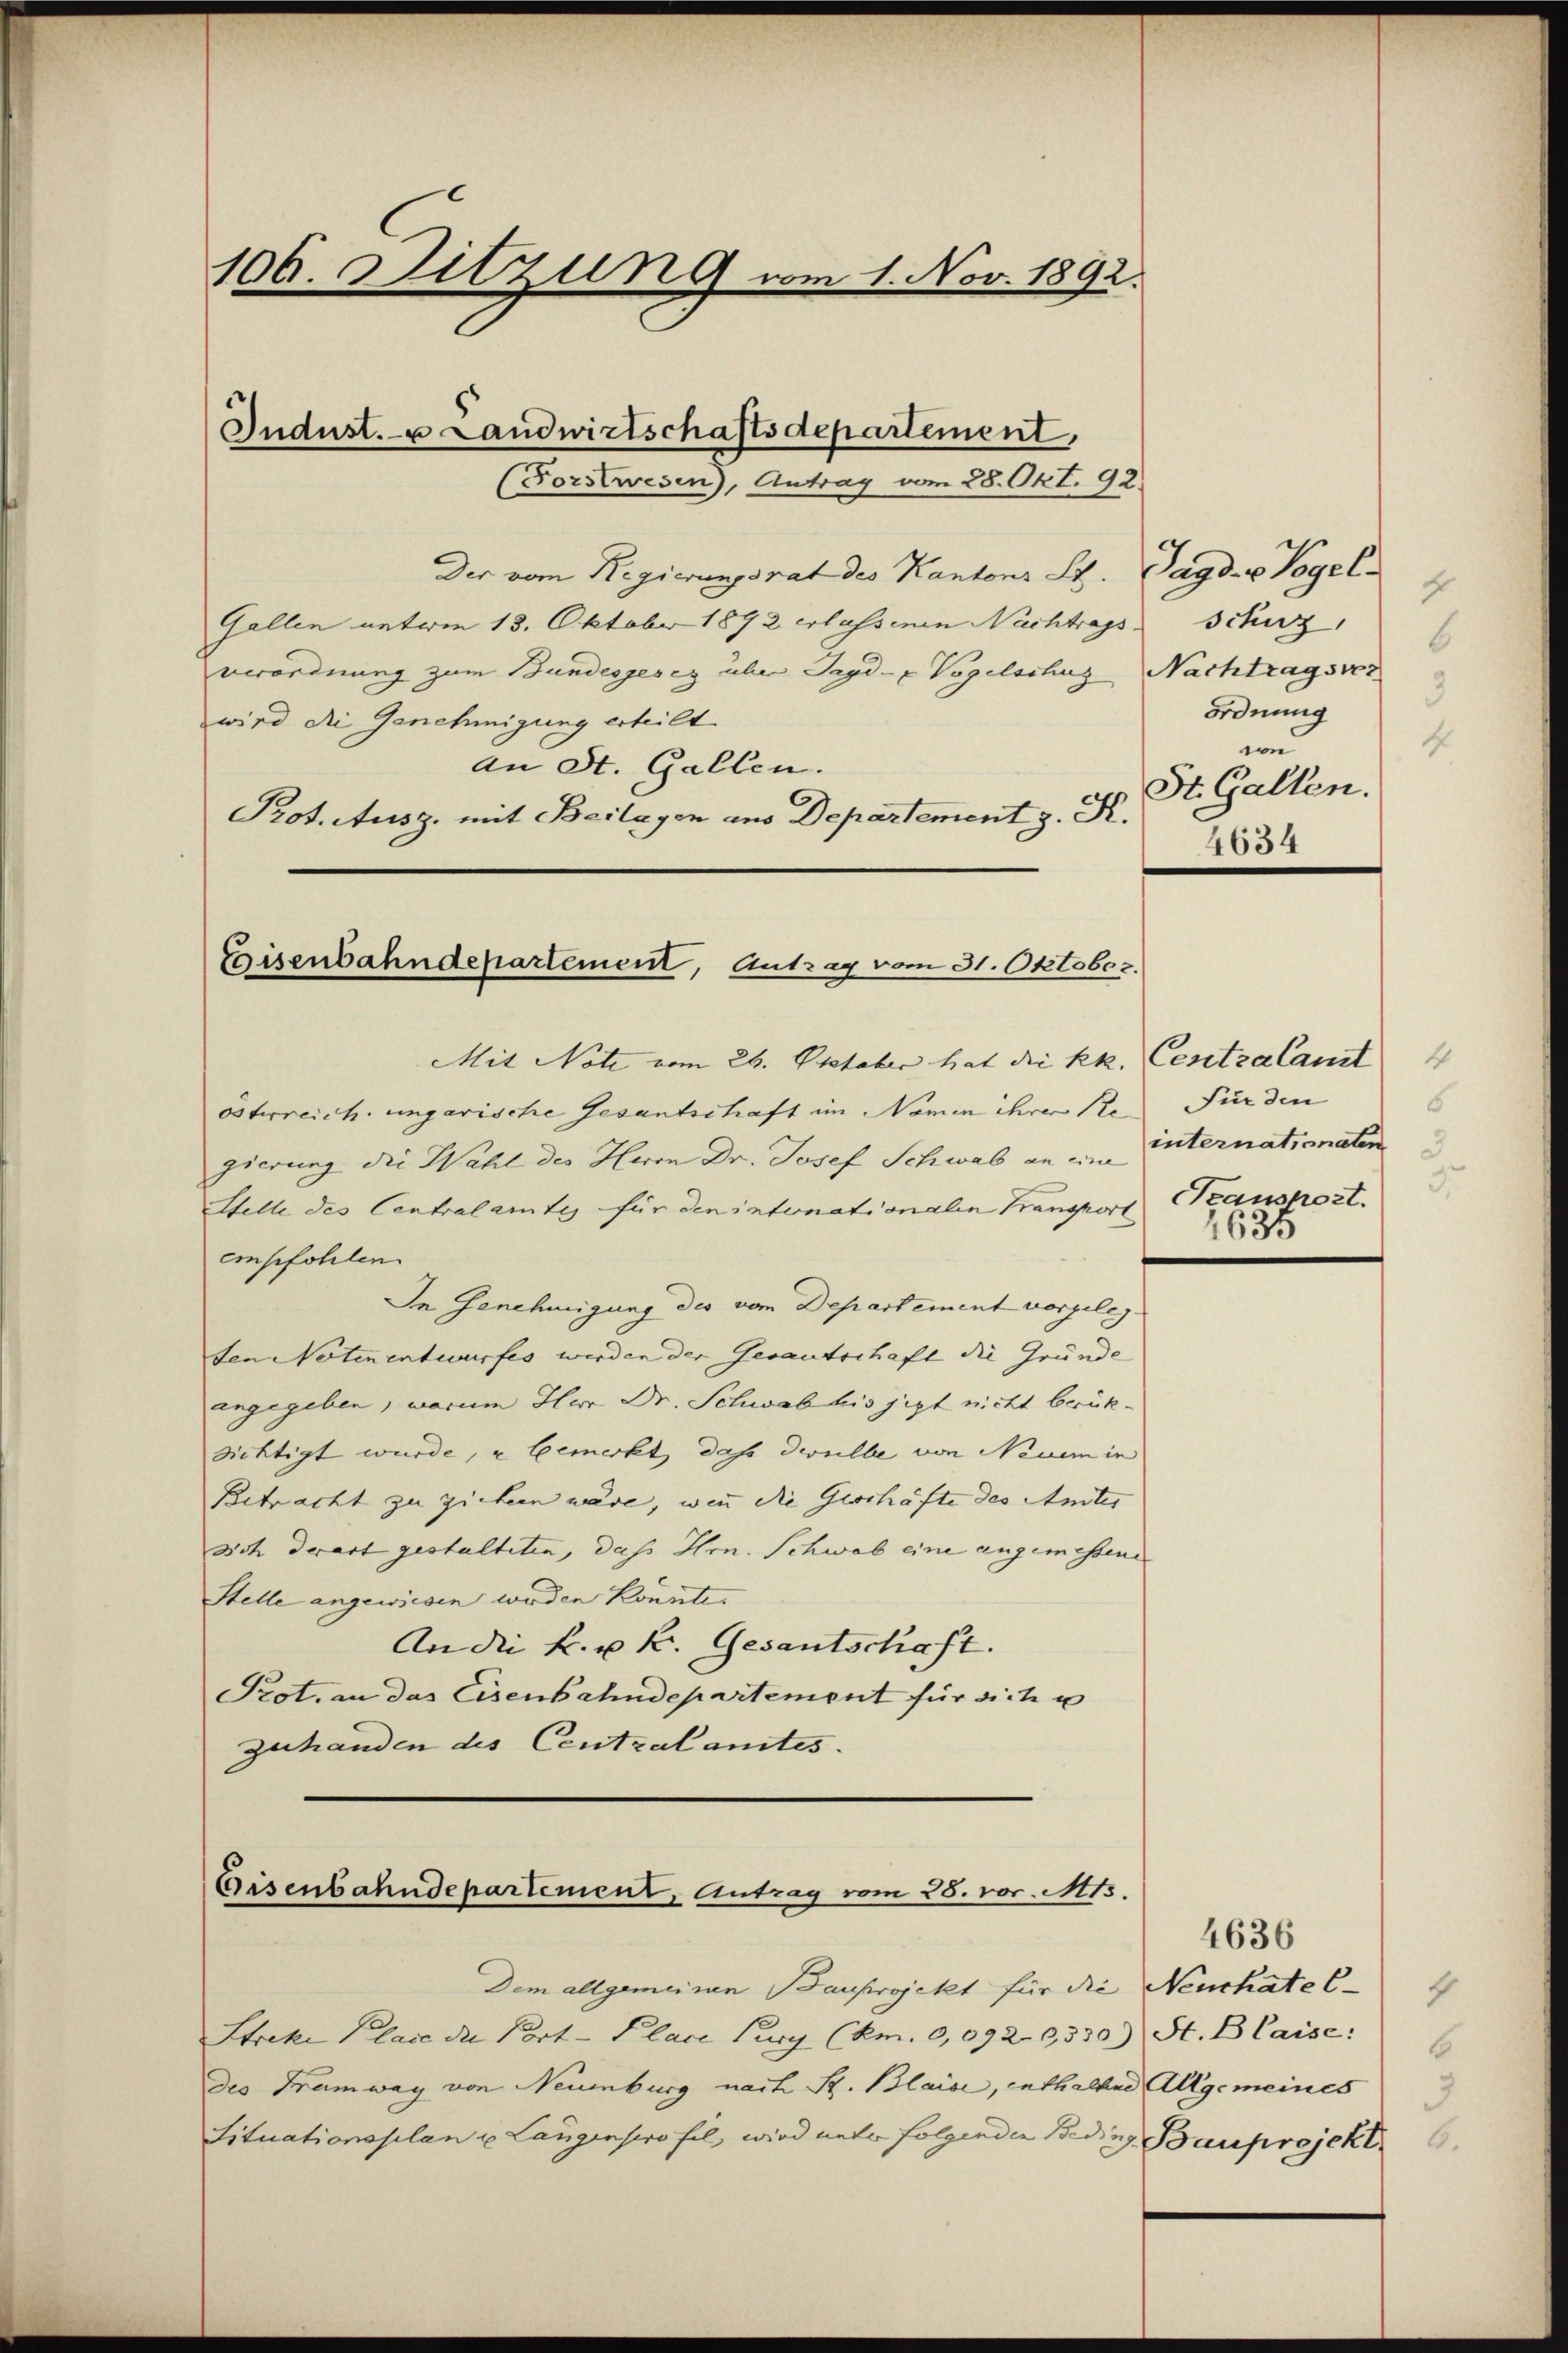
106. Sitzung vom 1. Nov. 1892.

Indust. u Landwirtschaftsdepartement,
(Forstwesen), Antrag vom 28. Okt. 92.

Der vom Regierungsrat des Kantons St. Jagd- u Vogel-
Gallen entwen 18. Oktober 1892 erlassenen Nachtrags
verordnung zum Bundesgesez über Jagd- u Vogelschus Nachtragsver
wird die Genehmigung erteilt.
an St. Gallen.
Prot. Ausz. mit Beilagen aus Departement z. K.

Eisenbahndepartement, Antrag vom 31. Oktober.

Eisenbahndepartement, Antrag vom 28. vor. Mts.

Dem allgemeinen Bauprojekt für die Neuchate C
Streke Place die Port- Place Burg (km. 0,092 9530) St. Blaise
des Tramway von Neuenburg nach St. Blaise, enthalten Allgemeines
Situationsplan u. Langenprofil, wird unter folgenden Beding Bauprojekt

Mit Note vom 26. Oktober hat die kk. Centralamt
österreich ungarische Gesantschaft im Namen ihrer Re
gierung die Wahl des Herrn Dr. Josef Schwab an eine
Stelle des Centralamtes für den intonationalen Transport
empfohlen
In Genehmigung des vom Departement vorgelegten Noten entwurfes werden der Gesantschaft die Gründe
ingegeben, warum Herr Dr. Schwab bis jezt nicht berücksichtigt wurde, u bemerkt, dass derselbe von Neuem in
Betracht zu ziehen wäre, wenn die Geschäfte des Amtes
sich derart gestalteten, dass Hrn. Schwab eine angemessene
Stelle angewiesen werden könnte.
An die k. u. k. Gesantschaft.
Prot. an das Eisenbahndepartement für sich u
zuhanden des Centralamtes.

4
schuz,
6
3
ordnung
4
in
St. Gallen.
4634

Fürden
6
internationaten
Kaushort.
1635

4636
4
6